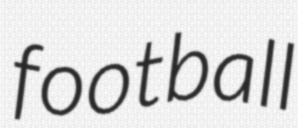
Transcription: football